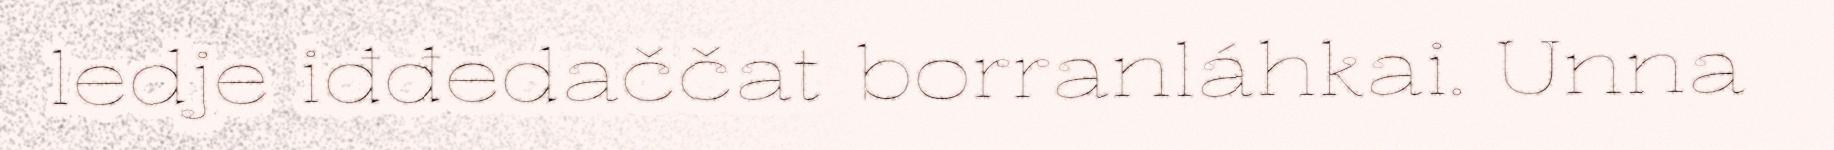
ledje iđđedaččat borranláhkai. Unna